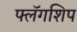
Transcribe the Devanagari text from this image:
फ्लॅगशिप